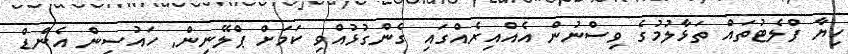
ހިޔާ ފްލެޓުތައް ތަޅާލުމުގެ ވިސްނުން އެއްއިރެއްގައި ގެންގުޅުއްވި ކަމަށް ޕްލޭނިން